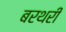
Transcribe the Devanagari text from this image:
बरथरी